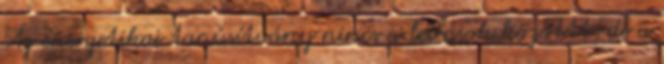
Az energetikai tanúsítvány nincs a leírások közöttt, de a